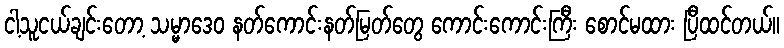
ငါ့သူငယ်ချင်းတော့ သမ္မာဒေဝ နတ်ကောင်းနတ်မြတ်တွေ ကောင်းကောင်းကြီး စောင်မထား ပြီထင်တယ်။